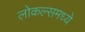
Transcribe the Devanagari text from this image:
लोकल्समध्ये